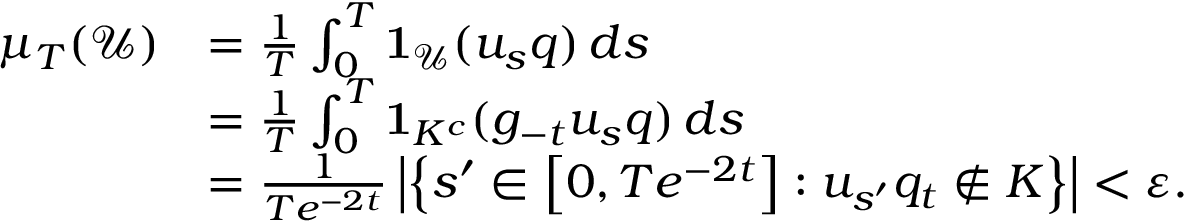
\begin{array} { r l } { \mu _ { T } ( \mathcal { U } ) } & { = \frac { 1 } { T } \int _ { 0 } ^ { T } \mathbf { 1 } _ { \mathcal { U } } ( u _ { s } q ) \, d s } \\ & { = \frac { 1 } { T } \int _ { 0 } ^ { T } \mathbf { 1 } _ { K ^ { c } } ( g _ { - t } u _ { s } q ) \, d s } \\ & { = \frac { 1 } { T e ^ { - 2 t } } \left| \left\{ s ^ { \prime } \in \left[ 0 , T e ^ { - 2 t } \right] : u _ { s ^ { \prime } } q _ { t } \notin K \right\} \right| < \varepsilon . } \end{array}